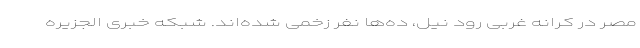
مصر در کرانه غربی رود نیل، ده‌ها نفر زخمی شده‌اند. شبکه خبری الجزیره